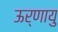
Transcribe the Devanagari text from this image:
ऊर्णायु